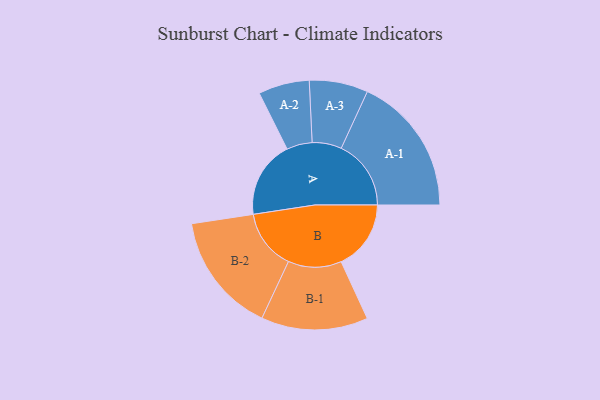
{"axis": {"x": "Segment", "y": "Value"}, "legend": ["", "A", "B"], "data": [{"x": "A", "y": 305, "type": ""}, {"x": "B", "y": 276, "type": ""}, {"x": "A-1", "y": 276, "type": "A"}, {"x": "A-2", "y": 101, "type": "A"}, {"x": "A-3", "y": 116, "type": "A"}, {"x": "B-1", "y": 211, "type": "B"}, {"x": "B-2", "y": 238, "type": "B"}]}